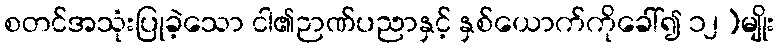
စတင်အသုံးပြုခဲ့သော ငါ၏ဉာဏ်ပညာနှင့် နှစ်ယောက်ကိုခေါ်၍ ၁၂)မျိုး